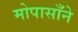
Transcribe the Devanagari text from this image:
मोपासाँने